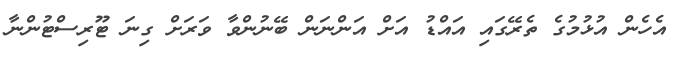
އެހެން އުޅުމުގެ ތެރޭގައި އައްޑު އަށް އަންނަން ބޭނުންވާ ވަރަށް ގިނަ ޓޫރިސްޓުންނާ